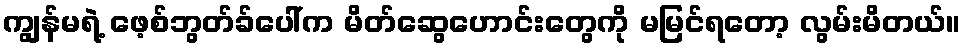
ကျွန်မရဲ့ ဖေ့စ်ဘွတ်ခ်ပေါ်က မိတ်ဆွေဟောင်းတွေကို မမြင်ရတော့ လွမ်းမိတယ်။